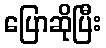
ပြောဆိုပြီး